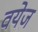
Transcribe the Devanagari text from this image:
वयेज